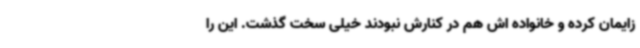
زایمان کرده و خانواده اش هم در کنارش نبودند خیلی سخت گذشت. این را